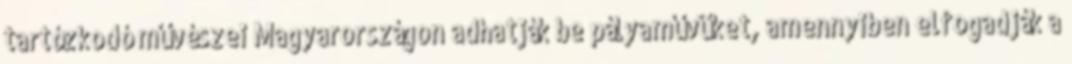
tartózkodó művészei Magyarországon adhatják be pályaművüket, amennyiben elfogadják a